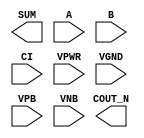
/**
 * Copyright 2020 The SkyWater PDK Authors
 *
 * Licensed under the Apache License, Version 2.0 (the "License");
 * you may not use this file except in compliance with the License.
 * You may obtain a copy of the License at
 *
 *     https://www.apache.org/licenses/LICENSE-2.0
 *
 * Unless required by applicable law or agreed to in writing, software
 * distributed under the License is distributed on an "AS IS" BASIS,
 * WITHOUT WARRANTIES OR CONDITIONS OF ANY KIND, either express or implied.
 * See the License for the specific language governing permissions and
 * limitations under the License.
 *
 * SPDX-License-Identifier: Apache-2.0
 */

`ifndef SKY130_FD_SC_HD__FAHCON_PP_BLACKBOX_V
`define SKY130_FD_SC_HD__FAHCON_PP_BLACKBOX_V

/**
 * fahcon: Full adder, inverted carry in, inverted carry out.
 *
 * Verilog stub definition (black box with power pins).
 *
 * WARNING: This file is autogenerated, do not modify directly!
 */

`timescale 1ns / 1ps
`default_nettype none

(* blackbox *)
module sky130_fd_sc_hd__fahcon (
    COUT_N,
    SUM   ,
    A     ,
    B     ,
    CI    ,
    VPWR  ,
    VGND  ,
    VPB   ,
    VNB
);

    output COUT_N;
    output SUM   ;
    input  A     ;
    input  B     ;
    input  CI    ;
    input  VPWR  ;
    input  VGND  ;
    input  VPB   ;
    input  VNB   ;
endmodule

`default_nettype wire
`endif  // SKY130_FD_SC_HD__FAHCON_PP_BLACKBOX_V